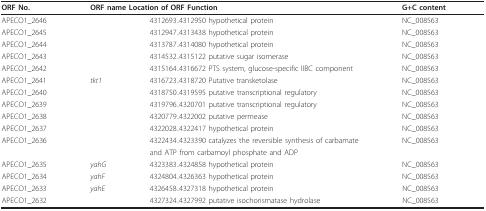
| ORF No. | <COLSPAN=2> ORF name Location of ORF Function | G+C content |
 | --- | --- | --- | --- |
 | APECO1_2646 |  | 4312693..4312950 hypothetical protein | NC_008563 |
 | APECO1_2645 |  | 4312947..4313438 hypothetical protein | NC_008563 |
 | APECO1_2644 |  | 4313787..4314080 hypothetical protein | NC_008563 |
 | APECO1_2643 |  | 4314532..4315122 putative sugar isomerase | NC_008563 |
 | APECO1_2642 |  | 4315164..4316672 PTS system, glucose-specific IIBC component | NC_008563 |
 | APECO1_2641 | tkt1 | 4316723..4318720 Putative transketolase | NC_008563 |
 | APECO1_2640 |  | 4318750..4319595 putative transcriptional regulatory | NC_008563 |
 | APECO1_2639 |  | 4319796..4320701 putative transcriptional regulatory | NC_008563 |
 | APECO1_2638 |  | 4320779..4322002 putative permease | NC_008563 |
 | APECO1_2637 |  | 4322028..4322417 hypothetical protein | NC_008563 |
 | APECO1_2636 |  | 4322434..4323390 catalyzes the reversible synthesis of carbamate | NC_008563 |
 |  |  | and ATP from carbamoyl phosphate and ADP |  |
 | APECO1_2635 | yahG | 4323383..4324858 hypothetical protein | NC_008563 |
 | APECO1_2634 | yahF | 4324804..4326363 hypothetical protein | NC_008563 |
 | APECO1_2633 | yahE | 4326458..4327318 hypothetical protein | NC_008563 |
 | APECO1_2632 |  | 4327324..4327992 putative isochorismatase hydrolase | NC_008563 |